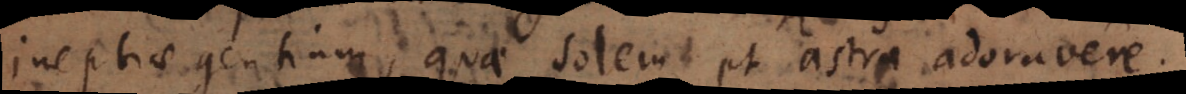
ineptiae gentium, quae solem et astra adoravere.